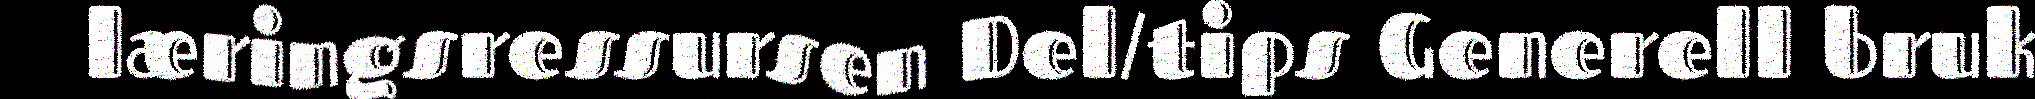
læringsressursen Del/tips Generell bruk